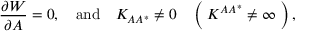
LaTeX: { \frac { \partial { \cal W } } { \partial A } } = 0 , \quad \mathrm { a n d } \quad K _ { A A ^ { * } } \not = 0 \quad \left( \; K ^ { A A ^ { * } } \not = \infty \; \right) ,